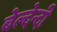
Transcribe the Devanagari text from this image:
बेल्देन्दी